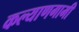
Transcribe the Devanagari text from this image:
कल्याणगामी